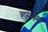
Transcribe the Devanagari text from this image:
हन्नम